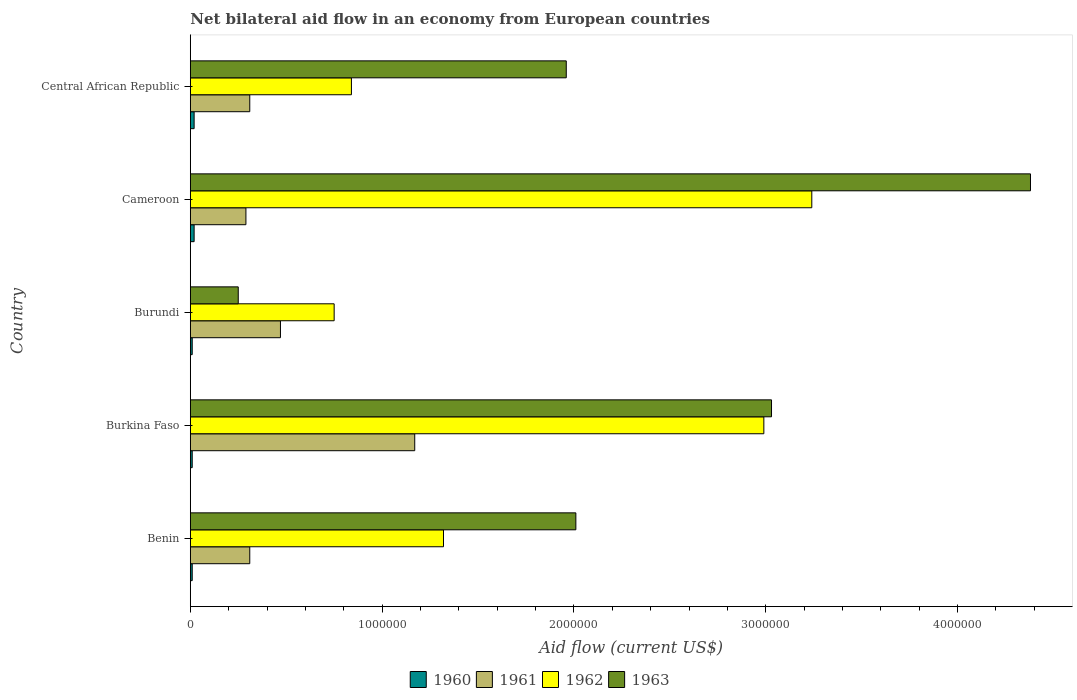
| Country | 1960 | 1961 | 1962 | 1963 |
 | --- | --- | --- | --- | --- |
 | Benin | 1e+04 | 3.1e+05 | 1.32e+06 | 2.01e+06 |
 | Burkina Faso | 1e+04 | 1.17e+06 | 2.99e+06 | 3.03e+06 |
 | Burundi | 1e+04 | 4.7e+05 | 7.5e+05 | 2.5e+05 |
 | Cameroon | 2e+04 | 2.9e+05 | 3.24e+06 | 4.38e+06 |
 | Central African Republic | 2e+04 | 3.1e+05 | 8.4e+05 | 1.96e+06 |